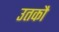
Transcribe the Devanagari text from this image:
उतकौ